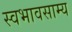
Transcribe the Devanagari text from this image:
स्वभावसाम्य